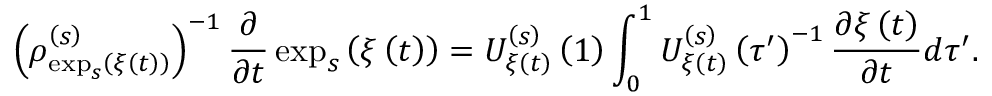
\left( \rho _ { \exp _ { s } \left( \xi \left( t \right) \right) } ^ { \left( s \right) } \right) ^ { - 1 } \frac { \partial } { \partial t } \exp _ { s } \left( \xi \left( t \right) \right) = U _ { \xi \left( t \right) } ^ { \left( s \right) } \left( 1 \right) \int _ { 0 } ^ { 1 } U _ { \xi \left( t \right) } ^ { \left( s \right) } \left( \tau ^ { \prime } \right) ^ { - 1 } \frac { \partial \xi \left( t \right) } { \partial t } d \tau ^ { \prime } .